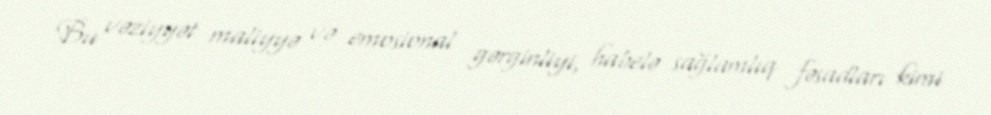
Bu vəziyyət maliyyə və emosional gərginliyi, habelə sağlamlıq fəsadları kimi